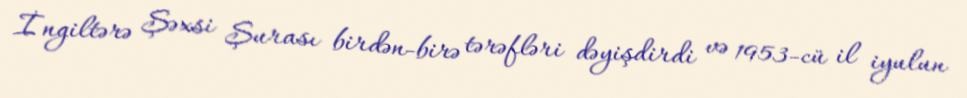
İngiltərə Şəxsi Şurası birdən-birə tərəfləri dəyişdirdi və 1953-cü il iyulun